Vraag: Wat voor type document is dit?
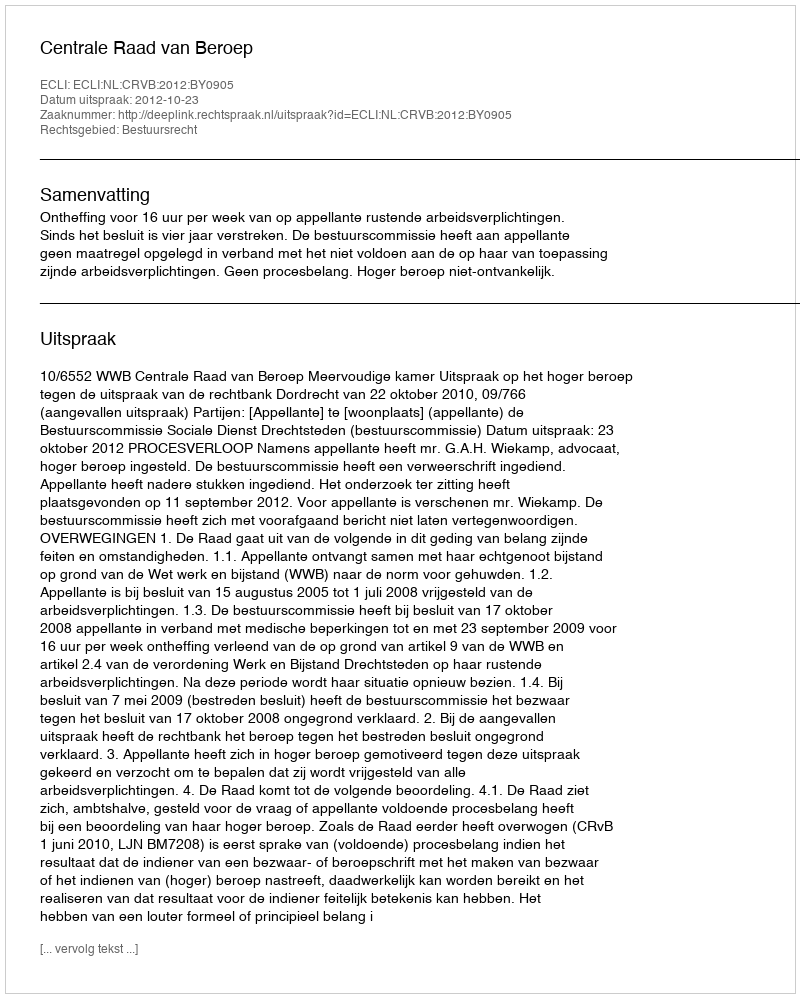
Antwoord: Uitspraak